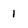
Character: 1